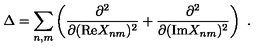
\Delta = \sum _ { n , m } \left( \frac { \partial ^ { 2 } } { \partial ( \mathrm { R e } X _ { n m } ) ^ { 2 } } + \frac { \partial ^ { 2 } } { \partial ( \mathrm { I m } X _ { n m } ) ^ { 2 } } \right) \ .